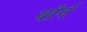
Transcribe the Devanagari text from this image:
योर्न